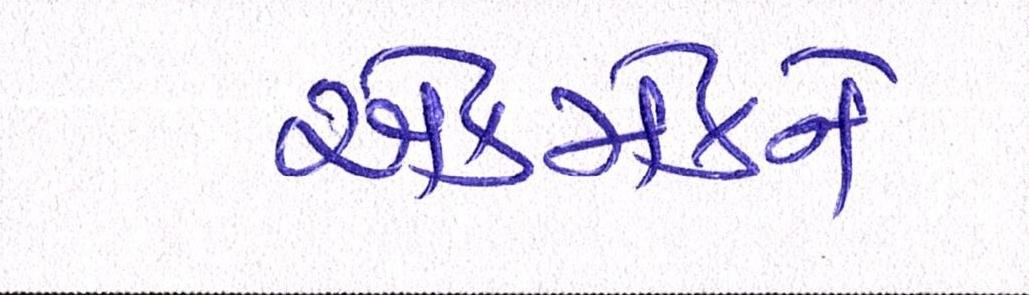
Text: એકમેકને